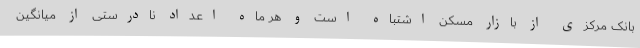
بانک مرکزی از بازار مسکن اشتباه است و هر ماه اعداد نادرستی از میانگین